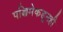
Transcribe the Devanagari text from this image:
पश्चिमेकडूनही